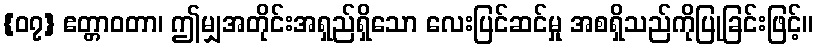
{၀၇} ဧတ္တာဝတာ၊ ဤမျှအတိုင်းအရှည်ရှိသော လေးပြင်ဆင်မှု အစရှိသည်ကိုပြုခြင်းဖြင့်။